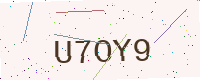
Text: U7OY9